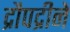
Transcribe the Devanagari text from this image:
द्रौपद्रीने